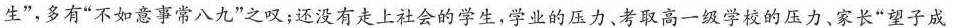
生”，多有”不如意事常八九”之叹；还没有走上社会的学生，学业的压力、考取高一级学校的压力、家长”望子成